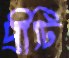
প্রীটি